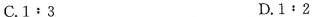
C.1﹔3 D.1﹔2